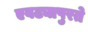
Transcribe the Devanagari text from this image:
एवढ्यापुरते